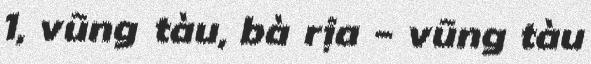
1, vũng tàu, bà rịa - vũng tàu